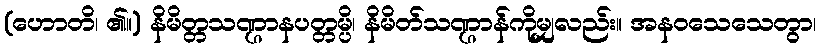
(ဟောတိ၊ ၏။) နိမိတ္တသဏ္ဌာနပတ္တမ္ပိ၊ နိမိတ်သဏ္ဌာန်ကိုမျှလည်း။ အနဝသေသေတွာ၊